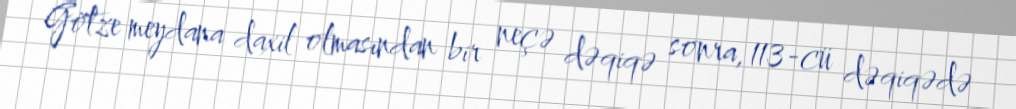
Götze meydana daxil olmasından bir neçə dəqiqə sonra, 113-cü dəqiqədə